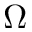
\Omega